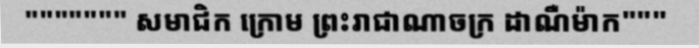
""""""" សមាជិក ក្រោម ព្រះរាជាណាចក្រ ដាណឺម៉ាក"""